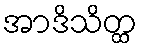
အာဒိသိတ္ထ